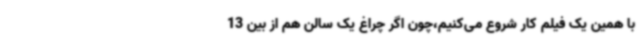
با همین یک فیلم کار شروع می‌کنیم،چون اگر چراغ یک سالن هم از بین 13